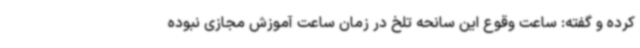
کرده و گفته: ساعت وقوع این سانحه تلخ در زمان ساعت آموزش مجازی نبوده